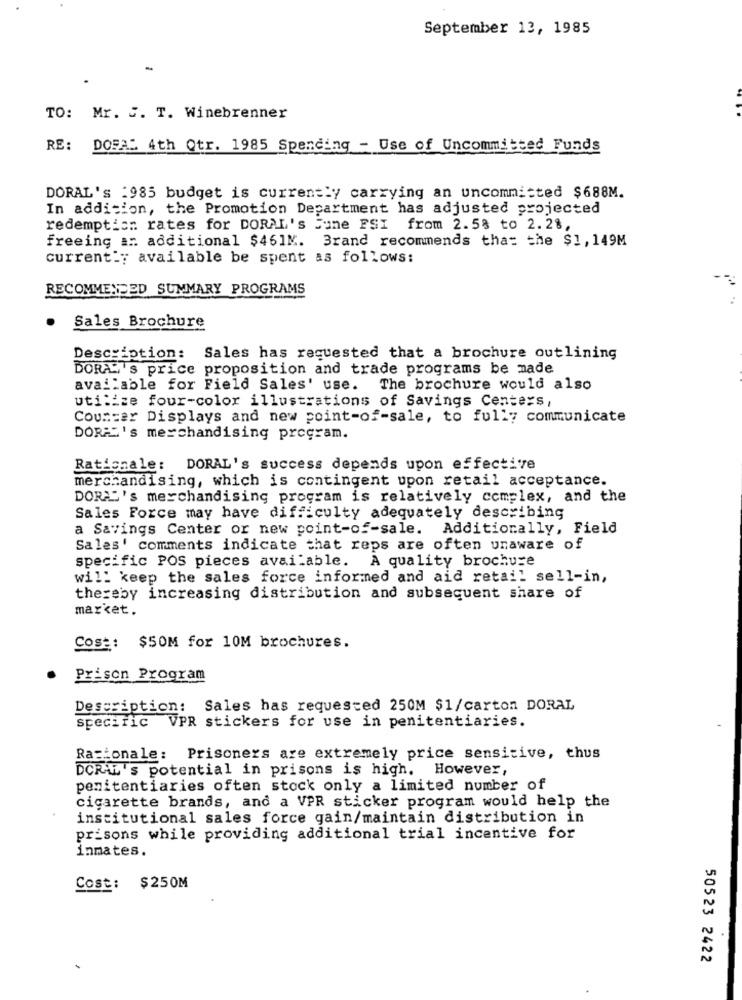
September 13, 1985
TO: Mr. S. T. Winebrenner
RE: DOFAS 4th Qtr. 1985 Spending - Use of Uncommitted Funds
DORAL's :985 budget is currently carrying an uncommitted $688M.
In addition, the Promotion Department has adjusted projected
redemption rates for DORAL's June FSI from 2.58 to 2.28,
freeing an additional $461M. Brand recommends that the $1,149M
currently available be spent as follows:
RECOMMENDED SUMMARY PROGRAMS
Sales Brochure
Description: Sales has requested that a brochure outlining
DORA's price proposition and trade programs be made
available for Field Sales' use. The brochure would also
utilize four-color illustrations of Savings Centers,
Counter Displays and new point-of-sale, to fully communicate
DORA"'s merchandising program.
Rationale: DORAL's success depends upon effective
merchandising, which is contingent upon retail acceptance.
DORA's merchandising program is relatively complex, and the
Sales Force may have difficulty adequately describing
a Savings Center or new point-of-sale. Additionally, Field
Sales' comments indicate that reps are often unaware of
specific POS pieces available. A quality brochure
will keep the sales force informed and aid retail sell-in,
thereby increasing distribution and subsequent share of
market.
Cost: $50M for 10M brochures.
Prison Program
Description: Sales has requested 250M $1/carton DORAL
specific VPR stickers for use in penitentiaries.
Ra tonale: Prisoners are extremely price sensitive, thus
DCRAL's potential in prisons is high. However,
penitentiaries often stock only a limited number of
cigarette brands, and a VPR sticker program would help the
institutional sales force gain/maintain distribution in
prisons while providing additional trial incentive for
inmates.
Cost: $250M
50523 2422